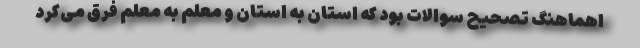
اهماهنگ تصحیح سوالات بود که استان به استان و معلم به معلم فرق می‌کرد